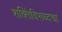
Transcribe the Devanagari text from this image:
शक्तिंविरूध्दचा